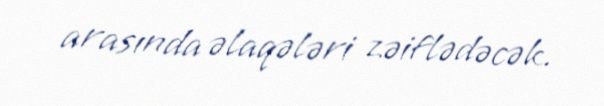
arasında əlaqələri zəiflədəcək.